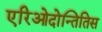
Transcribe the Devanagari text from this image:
एरिओदोन्तितिस